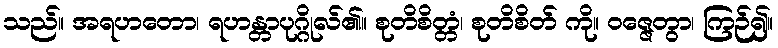
သည်။ အရဟတော၊ ရဟန္တာပုဂ္ဂိုလ်၏။ စုတိစိတ္တံ၊ စုတိစိတ် ကို။ ဝဇ္ဇေတွာ၊ ကြဉ်၍။